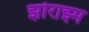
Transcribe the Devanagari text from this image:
झोराझ्म